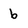
Character: 6